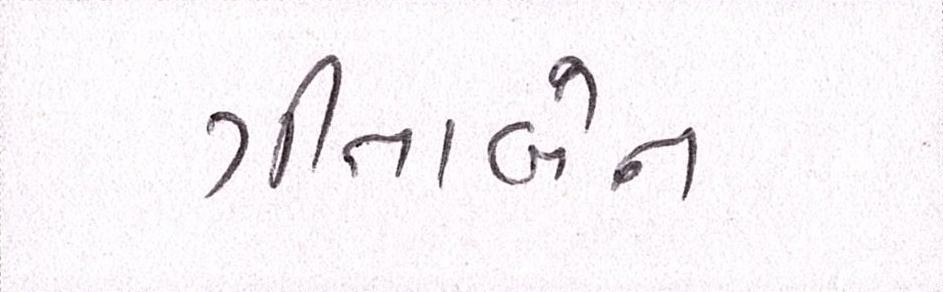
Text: ગીતાબેન